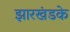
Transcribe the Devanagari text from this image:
झारखंडके